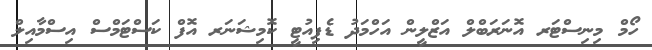
ހޯމް މިނިސްޓަރ އޮނަރަބްލް އަޒްލީން އަހްމަދު ޑެޕިއުޓީ ކޮމިޝަނަރ އޮފް ކަސްޓަމްސް އިސްމާއިލް